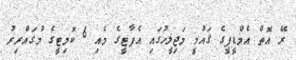
ރޭ އޮތް އެމްޑީޕީގެ ޤައުމީ މަޖިލީހުގައި އެޕާޓީގެ މެއި 6 ކޮމިޓީގެ މުގައްރިރު